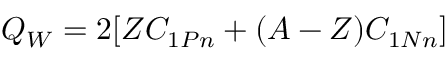
Q _ { W } = 2 [ Z C _ { 1 P n } + ( A - Z ) C _ { 1 N n } ]